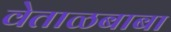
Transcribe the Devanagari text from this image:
वेताळबाबा